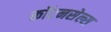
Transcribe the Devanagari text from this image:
कॉटनसेल्स